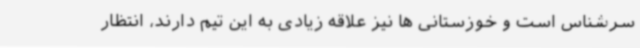
سرشناس است و خوزستانی ها نیز علاقه زیادی به این تیم دارند، انتظار